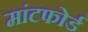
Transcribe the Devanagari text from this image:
मांटफोर्ड